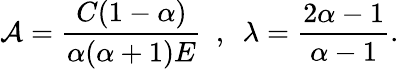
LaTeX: \mathcal{A}=\frac{C(1-\alpha)}{\alpha(\alpha+1)E}~~,~~\lambda=\frac{2\alpha-1}{\alpha-1}.